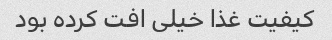
کیفیت غذا خیلی افت کرده بود